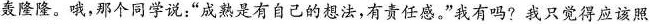
轰隆隆。哦，那个同学说；”成熟是有自己的想法，有责任感。”我有吗?我只觉得应该照